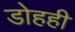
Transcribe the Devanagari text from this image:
डोहही